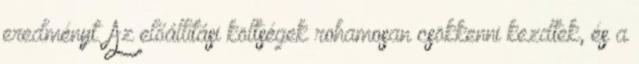
eredményt. Az előállítási költségek rohamosan csökkenni kezdtek, és a